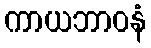
ကာယဘာဝနံ